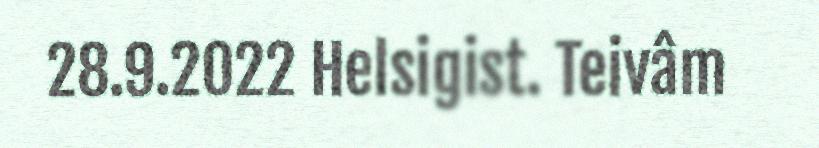
28.9.2022 Helsigist. Teivâm